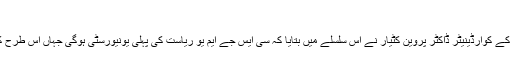
‘‘
انسٹی ٹیوٹ آف ہیلتھ سائنس کے کوآرڈینیٹر ڈاکٹر پروین کٹیار نے اس سلسلے میں بتایا کہ سی ایس جے ایم یو ریاست کی پہلی یونیورسٹی ہوگی جہاں اس طرح کا کورس شروع ہو رہا ہے۔